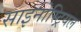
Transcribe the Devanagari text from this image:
साइनोस्ट्रियल